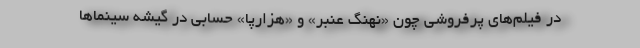
در فیلم‌های پرفروشی چون «نهنگ عنبر» و «هزارپا» حسابی در گیشه سینماها